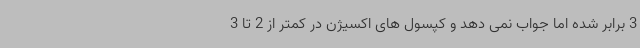
3 برابر شده اما جواب نمی دهد و کپسول های اکسیژن در کمتر از 2 تا 3